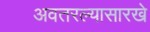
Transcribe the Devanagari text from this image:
अवतरल्यासारखे